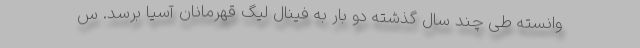
وانسته طی چند سال گذشته دو بار به فینال لیگ قهرمانان آسیا برسد. س